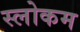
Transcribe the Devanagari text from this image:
स्‍लोकम